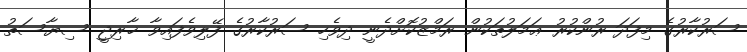
ސަރުކާރުގެ މިފަދަ ރުންކުރު ޢަމަލުތަކުން ރަމްޒުކޮށްދެނީ ދިވެހި ސަރުކާރުގެ ފޭލިވެފައިވާ ޚާރިޖީ ސިޔާސަތު